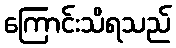
ကြောင်းသိရသည်